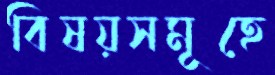
বিষয়সমূহে